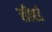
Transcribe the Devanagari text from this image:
सीबर्ड